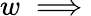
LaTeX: w\implies